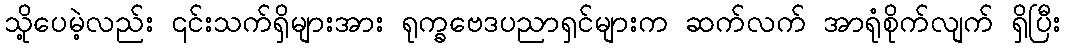
သို့ပေမဲ့လည်း ၎င်းသက်ရှိများအား ရုက္ခဗေဒပညာရှင်များက ဆက်လက် အာရုံစိုက်လျက် ရှိပြီး